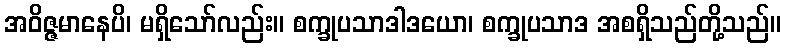
အဝိဇ္ဇမာနေပိ၊ မရှိသော်လည်း။ စက္ခုပသာဒါဒယော၊ စက္ခုပသာဒ အစရှိသည်တို့သည်။